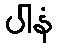
ပါနံ